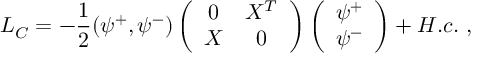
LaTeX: { \cal L } _ { C } = - \frac { 1 } { 2 } ( \psi ^ { + } , \psi ^ { - } ) \left( \begin{array} { c c } { { 0 } } & { { X ^ { T } } } \\ { { X } } & { { 0 } } \end{array} \right) \left( \begin{array} { c } { { \psi ^ { + } } } \\ { { \psi ^ { - } } } \end{array} \right) + H . c . \ ,